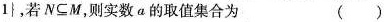
1\}，若$$N\subseteq M$$，则实数a的取值集合为 ()